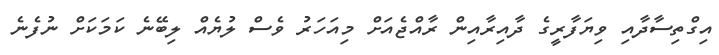
އިގްތިސާދާއި ވިޔަފާރީގެ ދާއިރާއިން ރާއްޖެއަށް މިއަހަރު ވެސް ލުޔެއް ލިބޭނެ ކަމަކަށް ނުފެނެ